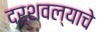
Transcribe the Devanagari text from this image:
दर्शवल्याचे